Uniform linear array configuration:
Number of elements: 64
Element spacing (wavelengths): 0.25
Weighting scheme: hann
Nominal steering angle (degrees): -15
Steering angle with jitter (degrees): -14.159
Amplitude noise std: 0.05
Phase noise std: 0.05

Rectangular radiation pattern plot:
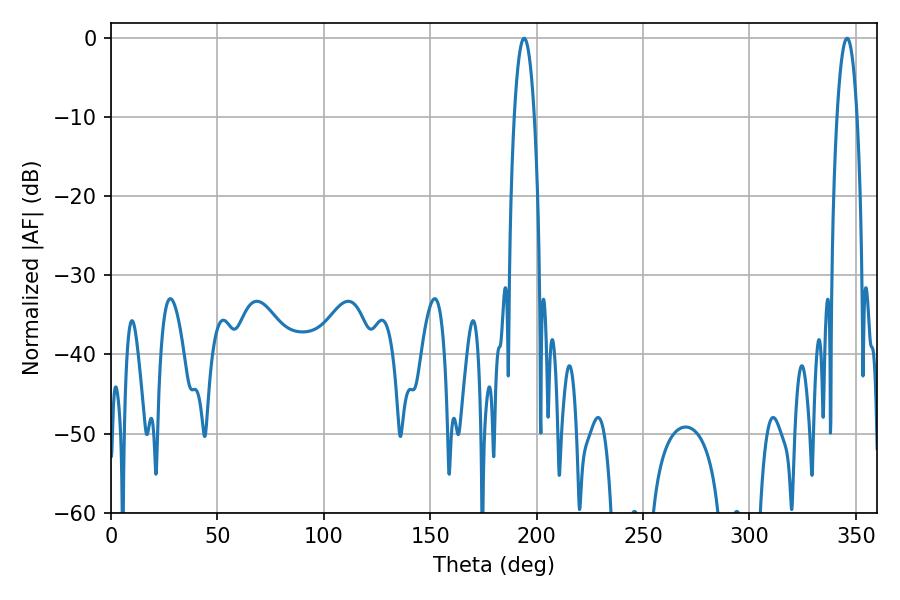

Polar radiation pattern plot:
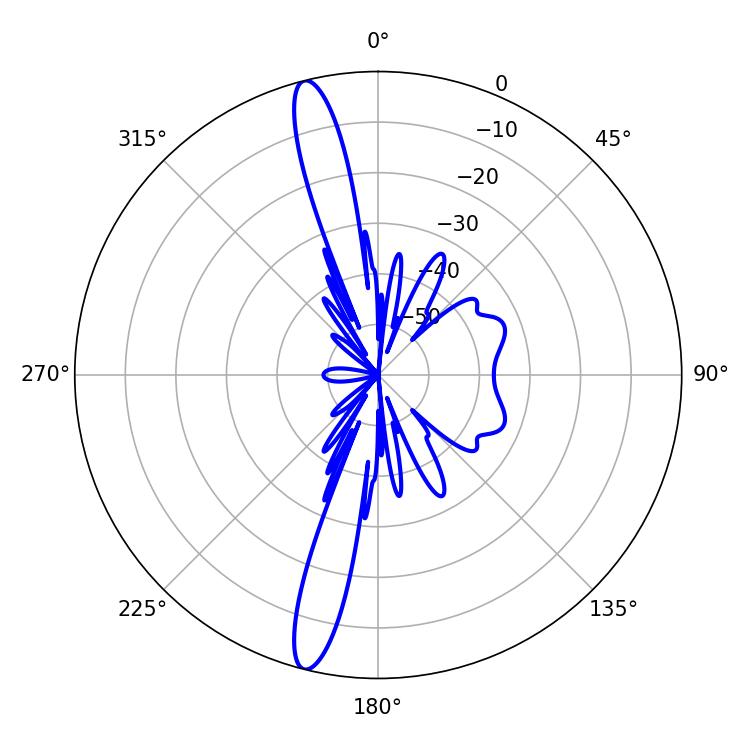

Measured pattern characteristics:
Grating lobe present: FALSE
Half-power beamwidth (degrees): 5.22
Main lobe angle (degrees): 194.04